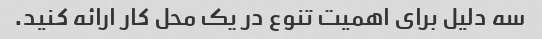
سه دلیل برای اهمیت تنوع در یک محل کار ارائه کنید.